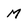
Character: M